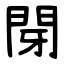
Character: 閕